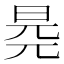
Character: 𣆧